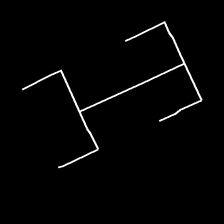
Glyph: entwine